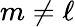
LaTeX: m\neq\ell